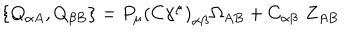
LaTeX: \left\{ Q _ { \alpha A } , Q _ { \beta B } \right\} = P _ { \mu } \left( C \gamma ^ { \mu } \right) _ { \alpha \beta } \Omega _ { A B } + C _ { \alpha \beta } \, \, Z _ { A B }